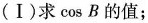
(Ⅰ)求\cos B的值；